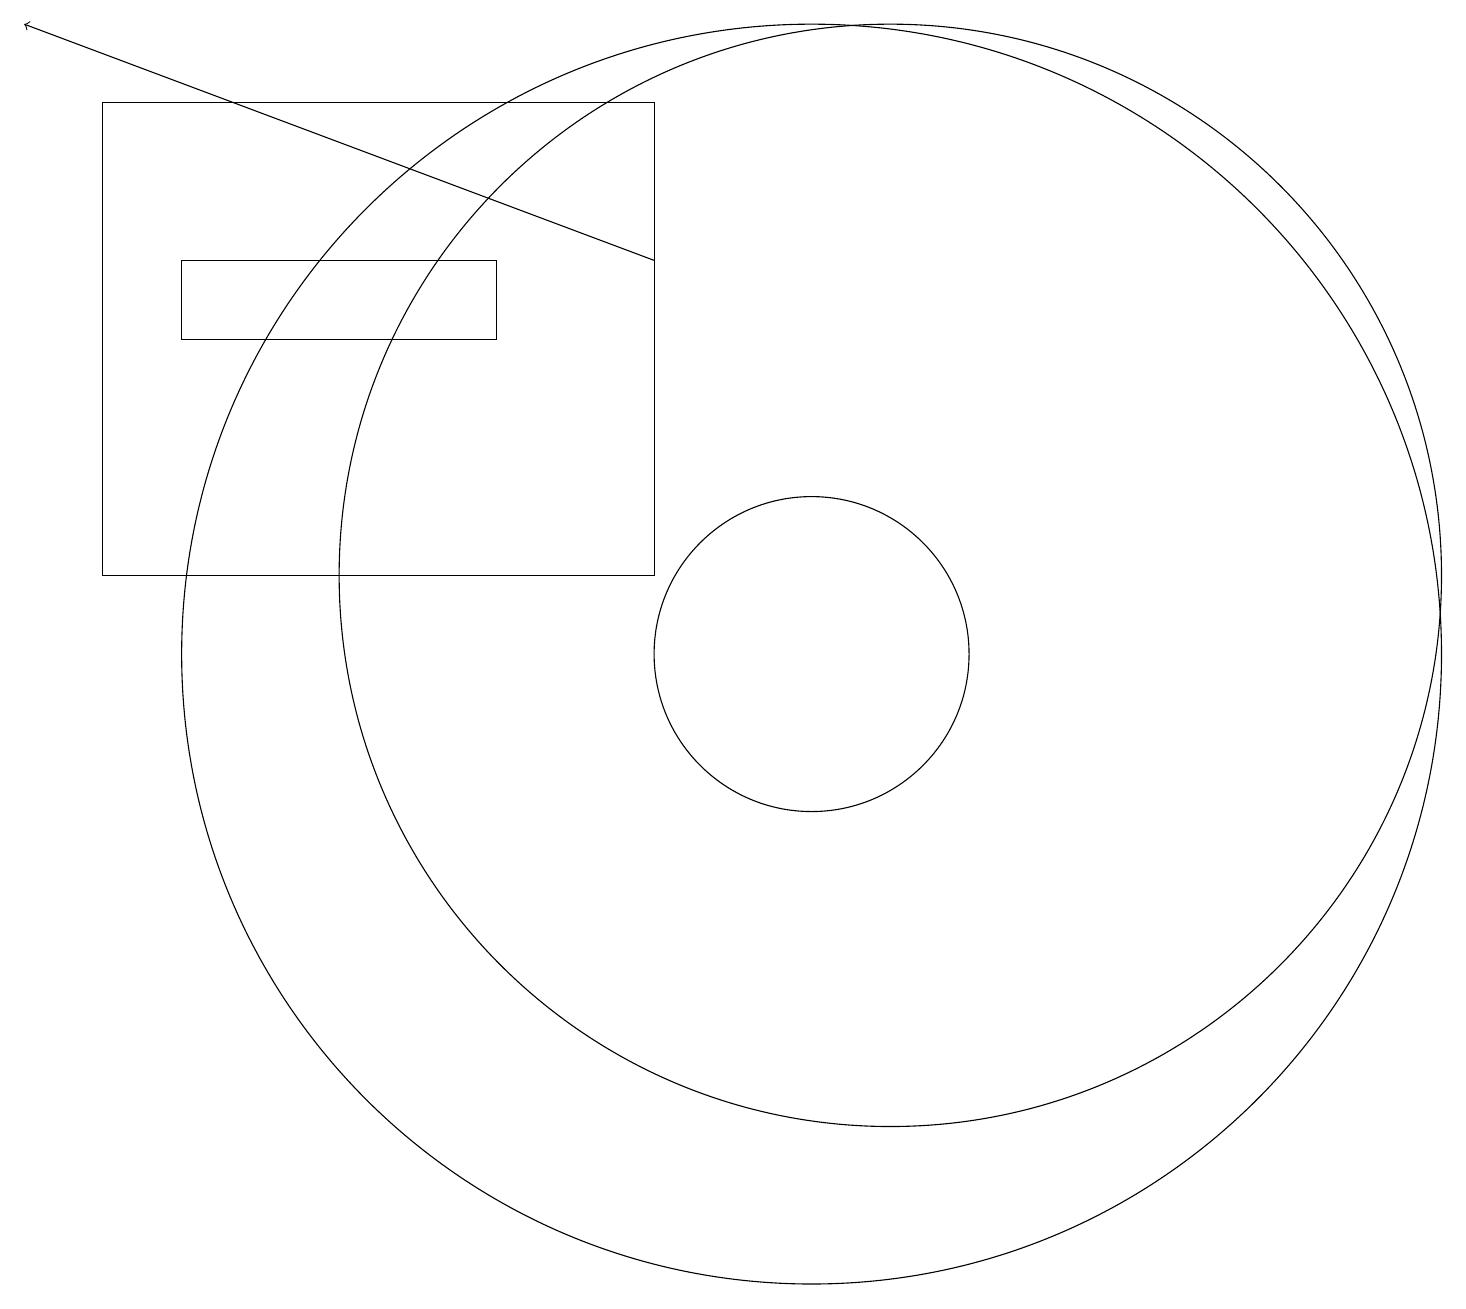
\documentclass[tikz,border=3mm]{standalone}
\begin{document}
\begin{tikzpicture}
\draw[->] (8,15) -- (0,18);
\draw (8,17) rectangle (1,11);
\draw (10,10) circle (8);
\draw (6,15) rectangle (2,14);
\draw (10,10) circle (2);
\draw (11,11) circle (7);
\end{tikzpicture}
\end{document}